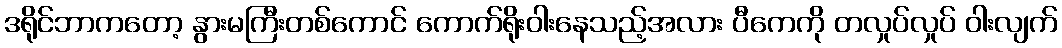
ဒရိုင်ဘာကတော့ နွားမကြီးတစ်ကောင် ကောက်ရိုးဝါးနေသည့်အလား ပီကေကို တလှုပ်လှုပ် ဝါးလျက်